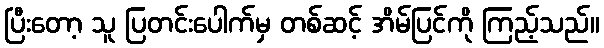
ပြီးတော့ သူ ပြတင်းပေါက်မှ တစ်ဆင့် အိမ်ပြင်ကို ကြည့်သည်။